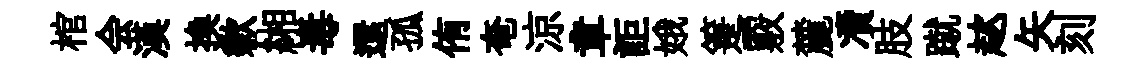
棺会漢换歉緗毒還孤侑奄涼章詎娥箑覈麓凟肢蹴趑矢刻